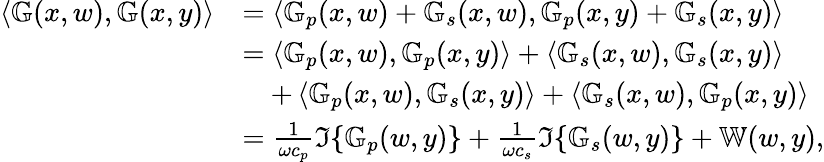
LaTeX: \begin{array}{rl}{\left\langle\mathbb{G}(x,w),\mathbb{G}(x,y)\right\rangle}&{=\left\langle\mathbb{G}_{p}(x,w)+\mathbb{G}_{s}(x,w),\mathbb{G}_{p}(x,y)+\mathbb{G}_{s}(x,y)\right\rangle}\\ &{=\left\langle\mathbb{G}_{p}(x,w),\mathbb{G}_{p}(x,y)\right\rangle+\left\langle\mathbb{G}_{s}(x,w),\mathbb{G}_{s}(x,y)\right\rangle}\\ &{\quad+\left\langle\mathbb{G}_{p}(x,w),\mathbb{G}_{s}(x,y)\right\rangle+\left\langle\mathbb{G}_{s}(x,w),\mathbb{G}_{p}(x,y)\right\rangle}\\ &{=\frac{1}{\omega c_{p}}\Im\{ \mathbb{G}_{p}(w,y)\} +\frac{1}{\omega c_{s}}\Im\{ \mathbb{G}_{s}(w,y)\} +\mathbb{W}(w,y),}\end{array}